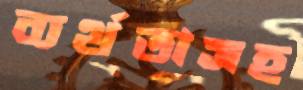
ব্যর্থতাসহ